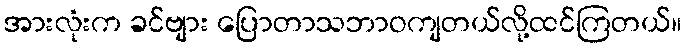
အားလုံးက ခင်ဗျား ပြောတာသဘာဝကျတယ်လို့ထင်ကြတယ်။